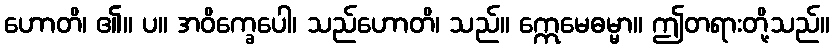
ဟောတိ၊ ၏။ ပ။ အဝိက္ခေပေါ၊ သည်ဟောတိ၊ သည်။ ဣေမေဓမ္မာ။ ဤတရားတို့သည်။